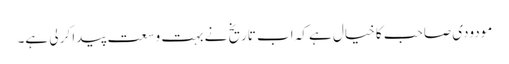
مودودی صاحب کا خیال ہے کہ اب تاریخ نے بہت وسعت پیدا کر لی ہے۔